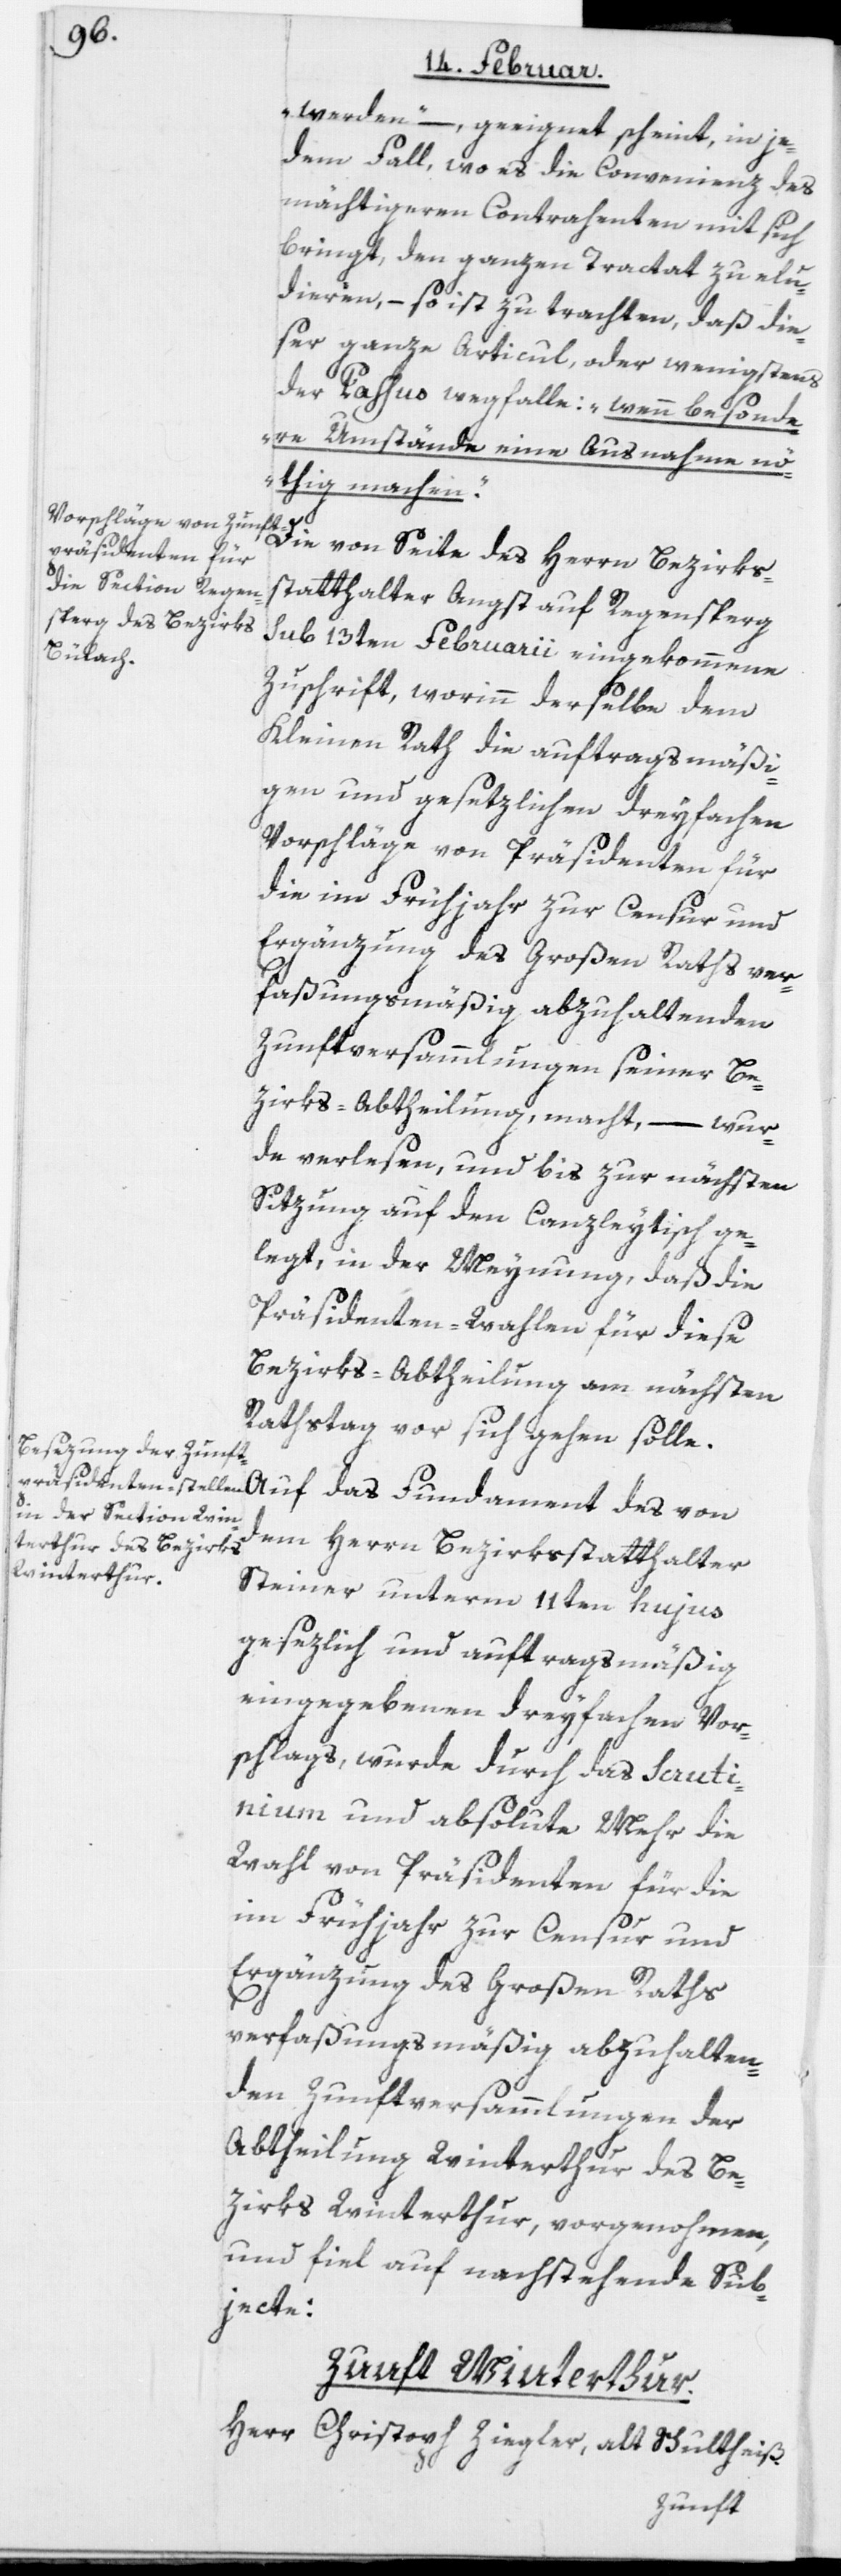
werden“ – geeignet scheint, in je¬
dem Fall, wo es die Convenienz des
mächtigeren Contrahenten mit sich
bringt, den ganzen Tractat zu elu¬
dieren, – so ist zu trachten, daß die¬
ser ganze Articul oder wenigstens
der Passus wegfalle: „wenn besonde¬
re Umstände eine Ausnahme nö¬
thig machen“.
Die von Seite des Herrn Bezirks¬
statthalter Angst auf Regensperg
sub 13ten Februarii eingekommene
Zuschrift, worinn derselbe dem
Kleinen Rath die auftragsmäßi¬
gen und gesetzlichen dreyfachen
Vorschläge von Präsidenten für
die im Frühjahr zur Censur und
Ergänzung des Großen Raths ver¬
faßungsmäßig abzuhaltenden
Zunftversammlungen seiner Be¬
zirks-Abtheilung, macht, – wur¬
de verlesen, und bis zur nächsten
Sitzung auf den Canzleytisch ge¬
legt, in der Meynung, daß die
Präsidenten-Wahlen für diese
Bezirks-Abtheilung am nächsten
Rathstag vor sich gehen solle.
dem Herrn Bezirksstatthalter
Steiner unterm 11ten hujus
gesezlich und auftragsmäßig
eingegebenen dreyfachen Vor¬
schlags, wurde durch das Scruti¬
nium und absolute Mehr die
Wahl von Präsidenten für die
im Frühjahr zur Censur und
Ergänzung des Großen Raths
verfaßungsmäßig abzuhalten¬
den Zunftversammlungen der
Abtheilung Winterthur des Be¬
zirks Winterthur, vorgenohmen,
und fiel auf nachstehende Sub¬
jecte:
Zunft Winterthur:
Herr Christoph Ziegler, alt Schultheiß.